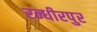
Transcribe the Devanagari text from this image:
रन्धीरपुर